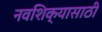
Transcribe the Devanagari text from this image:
नवशिक्यासाठी